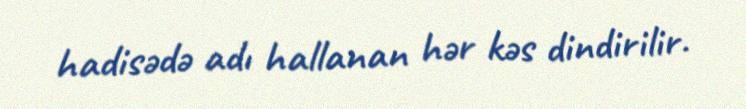
hadisədə adı hallanan hər kəs dindirilir.